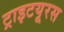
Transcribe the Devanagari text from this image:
ट्राइटयूरस